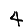
Digit: 4